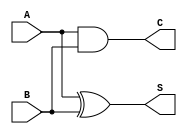
module half_adder (
    input wire A,  // First input bit
    input wire B,  // Second input bit
    output wire S, // Sum output
    output wire C  // Carry output
);

// Sum output is A XOR B
assign S = A ^ B;

// Carry output is A AND B
assign C = A & B;

endmodule